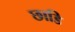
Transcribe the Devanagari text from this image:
छाडि